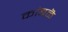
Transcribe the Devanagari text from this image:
कांबळॆ